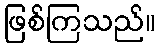
ဖြစ်ကြသည်။